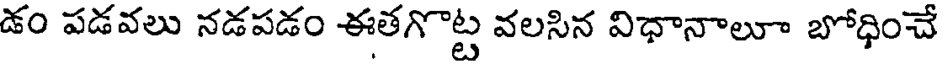
డం పడవలు నడపడం ఈతగొట్ట వలసిన విధానాలూ బోధించే